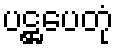
ပဋ္ဌပေတုံ